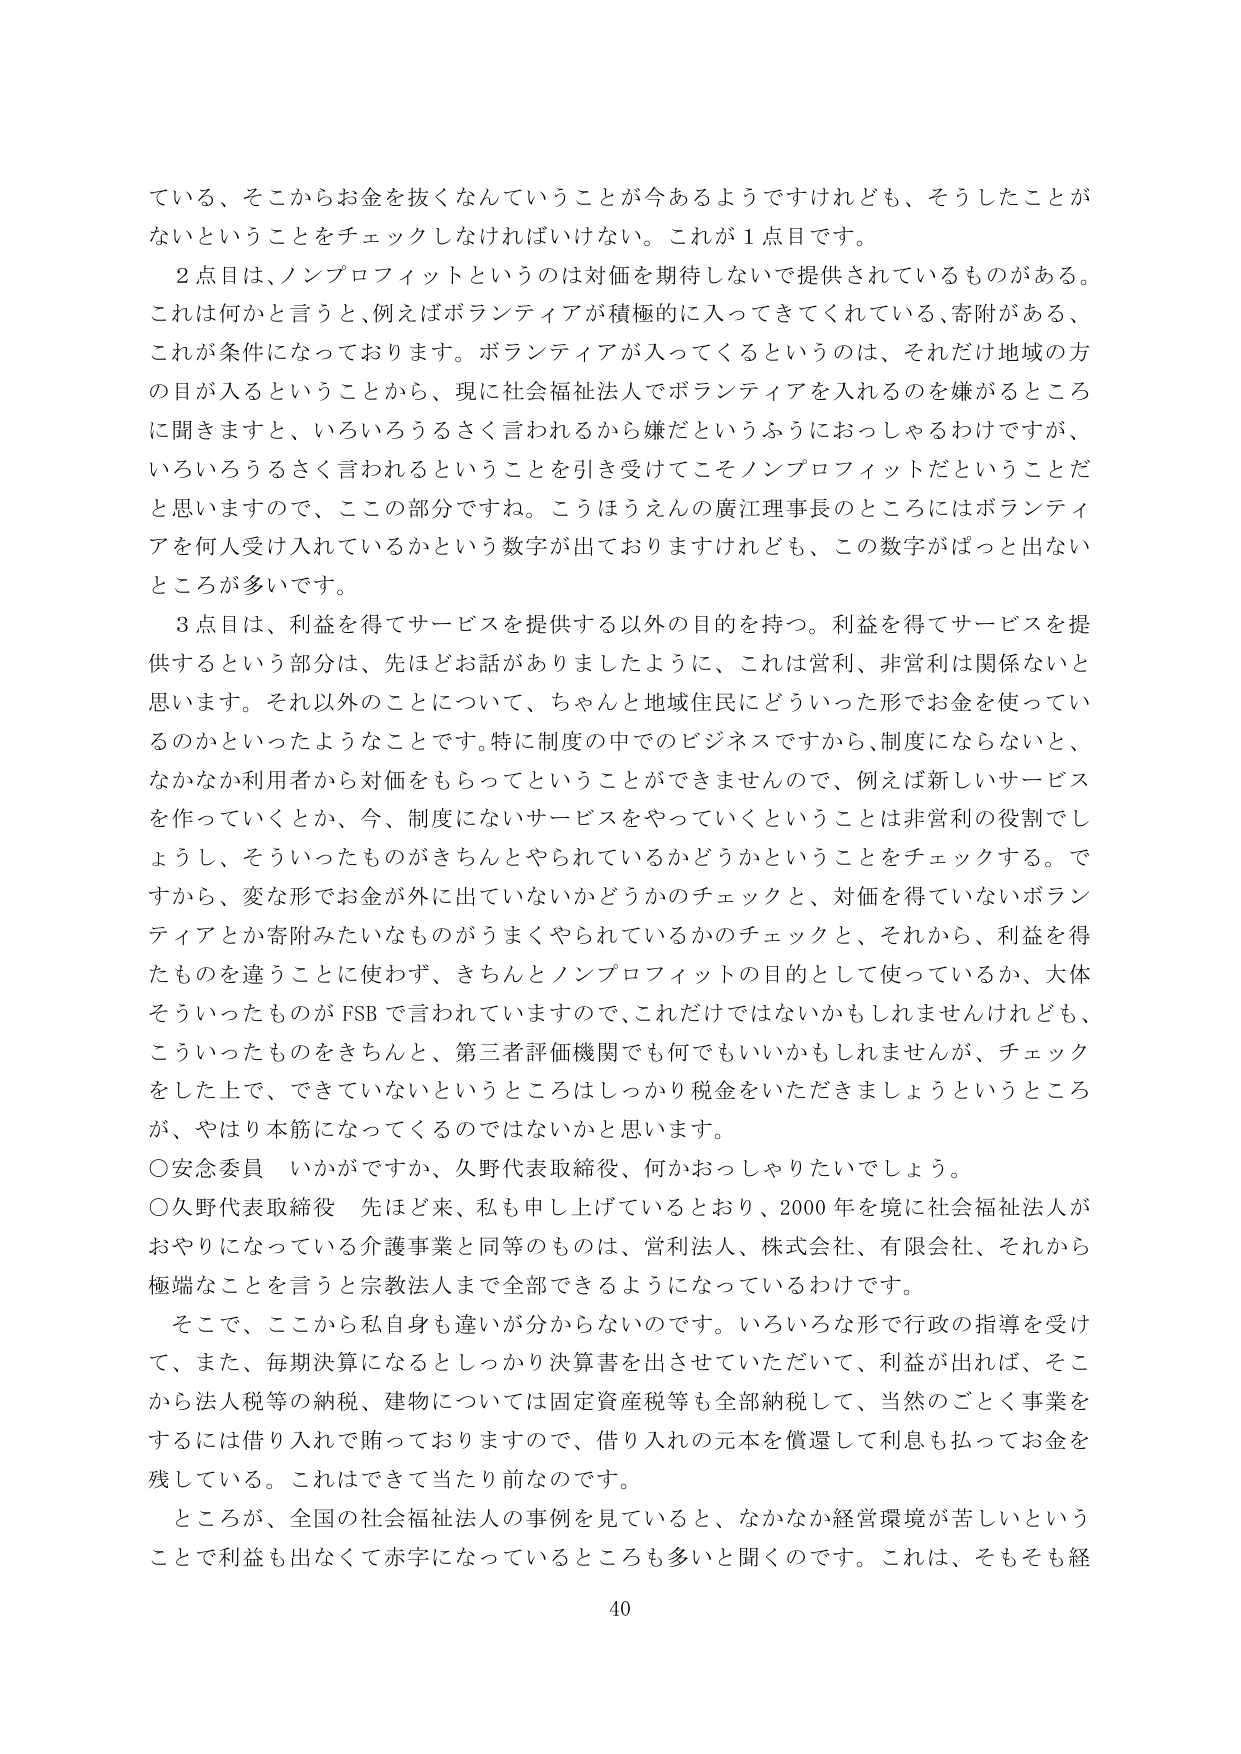
ている、そこからお金を抜くなんていうことが今あるようですがけれども、そうしたことがないということをチェックしなければいけない。これが１点目です。

２点目は、ノンプロフィットというのは対価を期待しないで提供されているものがある。これは何かと言うと、例えばボランティアが積極的に入ってきてくれている、寄附がある、これが条件になっております。ボランティアが入ってくるというのは、それだけ地域の方の目が入るということから、現に社会福祉法人でボランティアを入れるのを嫌がるところに聞きますと、いろいろうるさく言われるから嫌だというふうにおっしゃるわけですが、いろいろうるさく言われるということを引き受けてこそノンプロフィットだということだと思いますので、ここの部分ですね。こうほうえんの廣江理事長のところにはボランティアを何人受け入れているかという数字が出ておりますけれども、この数字がぱっと出ないところが多いです。

３点目は、利益を得てサービスを提供する以外の目的を持つ。利益を得てサービスを提供するという部分は、先ほどお話がありましたように、これは営利、非営利は関係ないと思います。それ以外のことについて、ちゃんと地域住民にどういった形でお金を使っているのかといったようなことです。特に制度の中でのビジネスですから、制度にならないと、なかなか利用者から対価をもらってということができませんので、例えば新しいサービスを作っていくとか、今、制度にないサービスをやっていくということは非営利の役割でしょうし、そういったものがきちんとやられているかどうかということをチェックする。ですから、変な形でお金が外に出ていないかどうかのチェックと、対価を得ていないボランティアとか寄附みたいなものがうまくやられているかのチェックと、それから、利益を得たものを違うことに使わず、きちんとノンプロフィットの目的として使っているか、大体そういったものがFSBで言われていますので、これだけではないかもしれませんが、こういったものをきちんと、第三者評価機関でも何でもいいかもしれませんが、チェックをした上で、できていないというところはしっかり税金をいただきましょうというところが、やはり本筋になってくるのではないかと思います。

○安念委員　いかがですか、久野代表取締役、何かおっしゃりたいでしょう。

○久野代表取締役　先ほど来、私も申し上げているとおり、2000年を境に社会福祉法人がおやりになっている介護事業と同等のものは、営利法人、株式会社、有限会社、それから極端なことを言うと宗教法人まで全部できるようになっているわけです。

そこで、ここから私自身も違いが分からないのです。いろいろな形で行政の指導を受けて、また、毎期決算になるとしっかり決算書を出させていただいて、利益が出れば、そこから法人税等の納税、建物については固定資産税等も全部納税して、当然のごとく事業をするには借り入れで賄っておりますので、借り入れの元本を償還して利息も払ってお金を残している。これはできて当たり前なのです。

ところが、全国の社会福祉法人の事例を見ていると、なかなか経営環境が苦しいということで利益も出なくて赤字になっているところも多いと聞くのです。これは、そもそも経

40